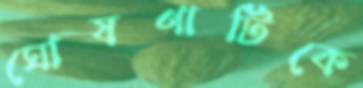
ঘোষণাটিকে